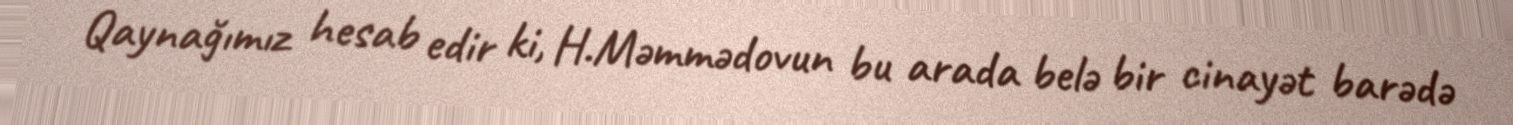
Qaynağımız hesab edir ki, H.Məmmədovun bu arada belə bir cinayət barədə